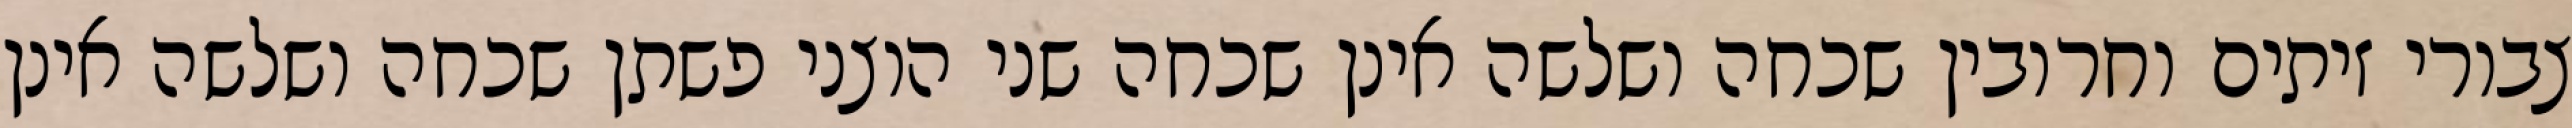
צבורי זיתים וחרובין שכחה ושלשה אינן שכחה שני הוצני פשתן שכחה ושלשה אינן